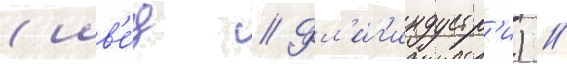
(шв'е́д // Фл'иг'индустр'и) //